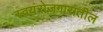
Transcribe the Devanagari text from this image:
स्वयंरोजगारातील